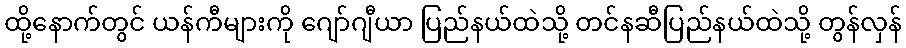
ထို့နောက်တွင် ယန်ကီများကို ဂျော်ဂျီယာ ပြည်နယ်ထဲသို့ တင်နဆီပြည်နယ်ထဲသို့ တွန်လှန်